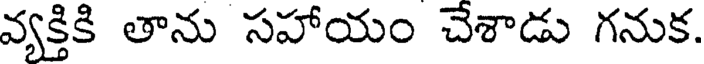
వ్యక్తికి తాను సహాయం చేశాడు గనుక.